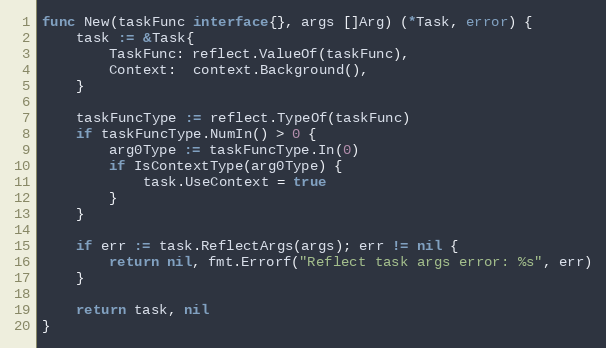
Language: Go
func New(taskFunc interface{}, args []Arg) (*Task, error) {
	task := &Task{
		TaskFunc: reflect.ValueOf(taskFunc),
		Context:  context.Background(),
	}

	taskFuncType := reflect.TypeOf(taskFunc)
	if taskFuncType.NumIn() > 0 {
		arg0Type := taskFuncType.In(0)
		if IsContextType(arg0Type) {
			task.UseContext = true
		}
	}

	if err := task.ReflectArgs(args); err != nil {
		return nil, fmt.Errorf("Reflect task args error: %s", err)
	}

	return task, nil
}